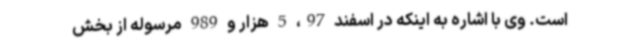
است. وی با اشاره به اینکه در اسفند 97، 5 هزار و 989 مرسوله از بخش